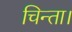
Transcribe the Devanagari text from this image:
चिन्ता।